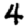
Digit: 4